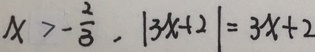
x > - \frac { 2 } { 3 } , \vert 3 x + 2 \vert = 3 x + 2